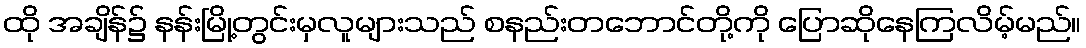
ထို အချိန်၌ နန်းမြို့တွင်းမှလူများသည် စနည်းတဘောင်တို့ကို ပြောဆိုနေကြလိမ့်မည်။